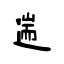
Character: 遄